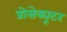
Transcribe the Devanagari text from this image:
प्रोसेक्यूटर